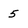
Character: 5